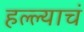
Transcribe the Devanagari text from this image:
हल्ल्याचं